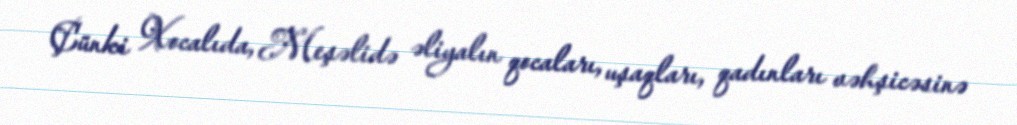
Çünki Xocalıda, Meşəlidə əliyalın qocaları, uşaqları, qadınları vəhşicəsinə